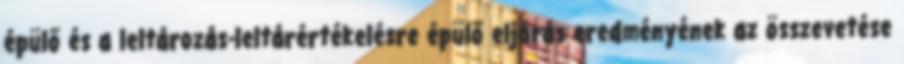
épülő és a leltározás-leltárértékelésre épülő eljárás eredményének az összevetése